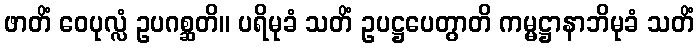
ဖာတိံ ဝေပုလ္လံ ဥပဂစ္ဆတိ။ ပရိမုခံ သတိံ ဥပဋ္ဌပေတွာတိ ကမ္မဋ္ဌာနာဘိမုခံ သတိံ